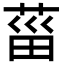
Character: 菑